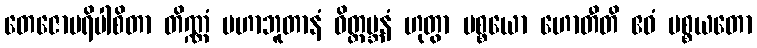
တေဇောပရိပါစိတာ တိဏ္ဏံ မဟာဘူတာနံ ဝိတ္ထမ္ဘနံ ဟုတွာ ပစ္စယော ဟောတီတိ ဧဝံ ပစ္စယတော